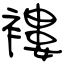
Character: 褸